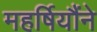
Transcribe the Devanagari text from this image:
महर्षियौंने